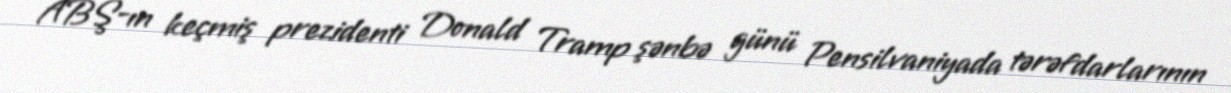
ABŞ-ın keçmiş prezidenti Donald Tramp şənbə günü Pensilvaniyada tərəfdarlarının